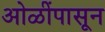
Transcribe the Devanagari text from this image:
ओळींपासून